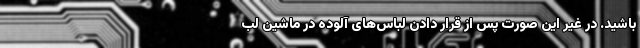
باشید. در غیر این صورت پس از قرار دادن لباس‌های آلوده در ماشین لب